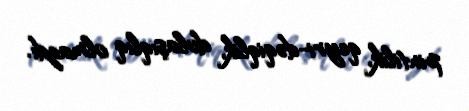
pintilik, qeyri-dəqiqlik, dolaşıqlıq olmazdı.